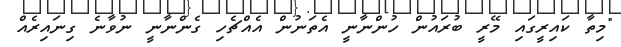
"މިތާ ކައިރީގައި މޭރީ ބުރައުން ހުންނާނީ އެތަނުން އެއްޗެހި ގެންނާނީ ނުވާނެ ގިނައިރެއް